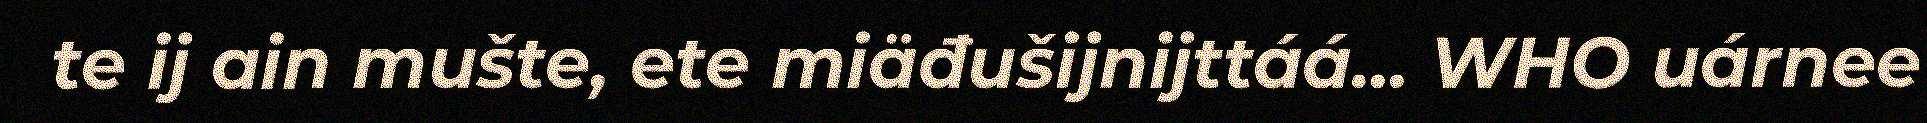
te ij ain mušte, ete miäđušijnijttáá... WHO uárnee